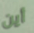
أين